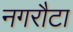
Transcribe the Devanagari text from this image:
नगरौटा